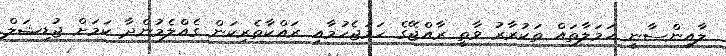
ލާއިންސާނީ ހަމަލާތައް ތަކުރާރު ވާތީ ރާއްޖޭގެ ހަމަޖެހުމާއި ރައްކާތެރިކަން ގެއްލެމުންދާ ކަމަށް ޖުޑިޝަލް